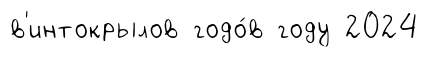
в'интокрылов годо́в году 2024